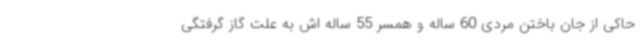
حاکی از جان باختن مردی 60 ساله و همسر 55 ساله اش به علت گاز گرفتگی